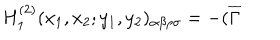
LaTeX: H _ { 1 } ^ { ( 2 ) } ( x _ { 1 } , x _ { 2 } ; y _ { 1 } , y _ { 2 } ) _ { \alpha \beta \rho \sigma } = - ( \overline { { { \Gamma } } }